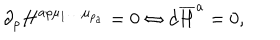
\partial _ { \rho } H ^ { a \rho \mu _ { 1 } \ldots \mu _ { p _ { a } } } = 0 \Leftrightarrow d \overline { { { H } } } ^ { a } = 0 ,